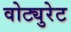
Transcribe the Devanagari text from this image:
वोट्युरेट